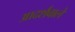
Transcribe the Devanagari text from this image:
आदर्शवाले